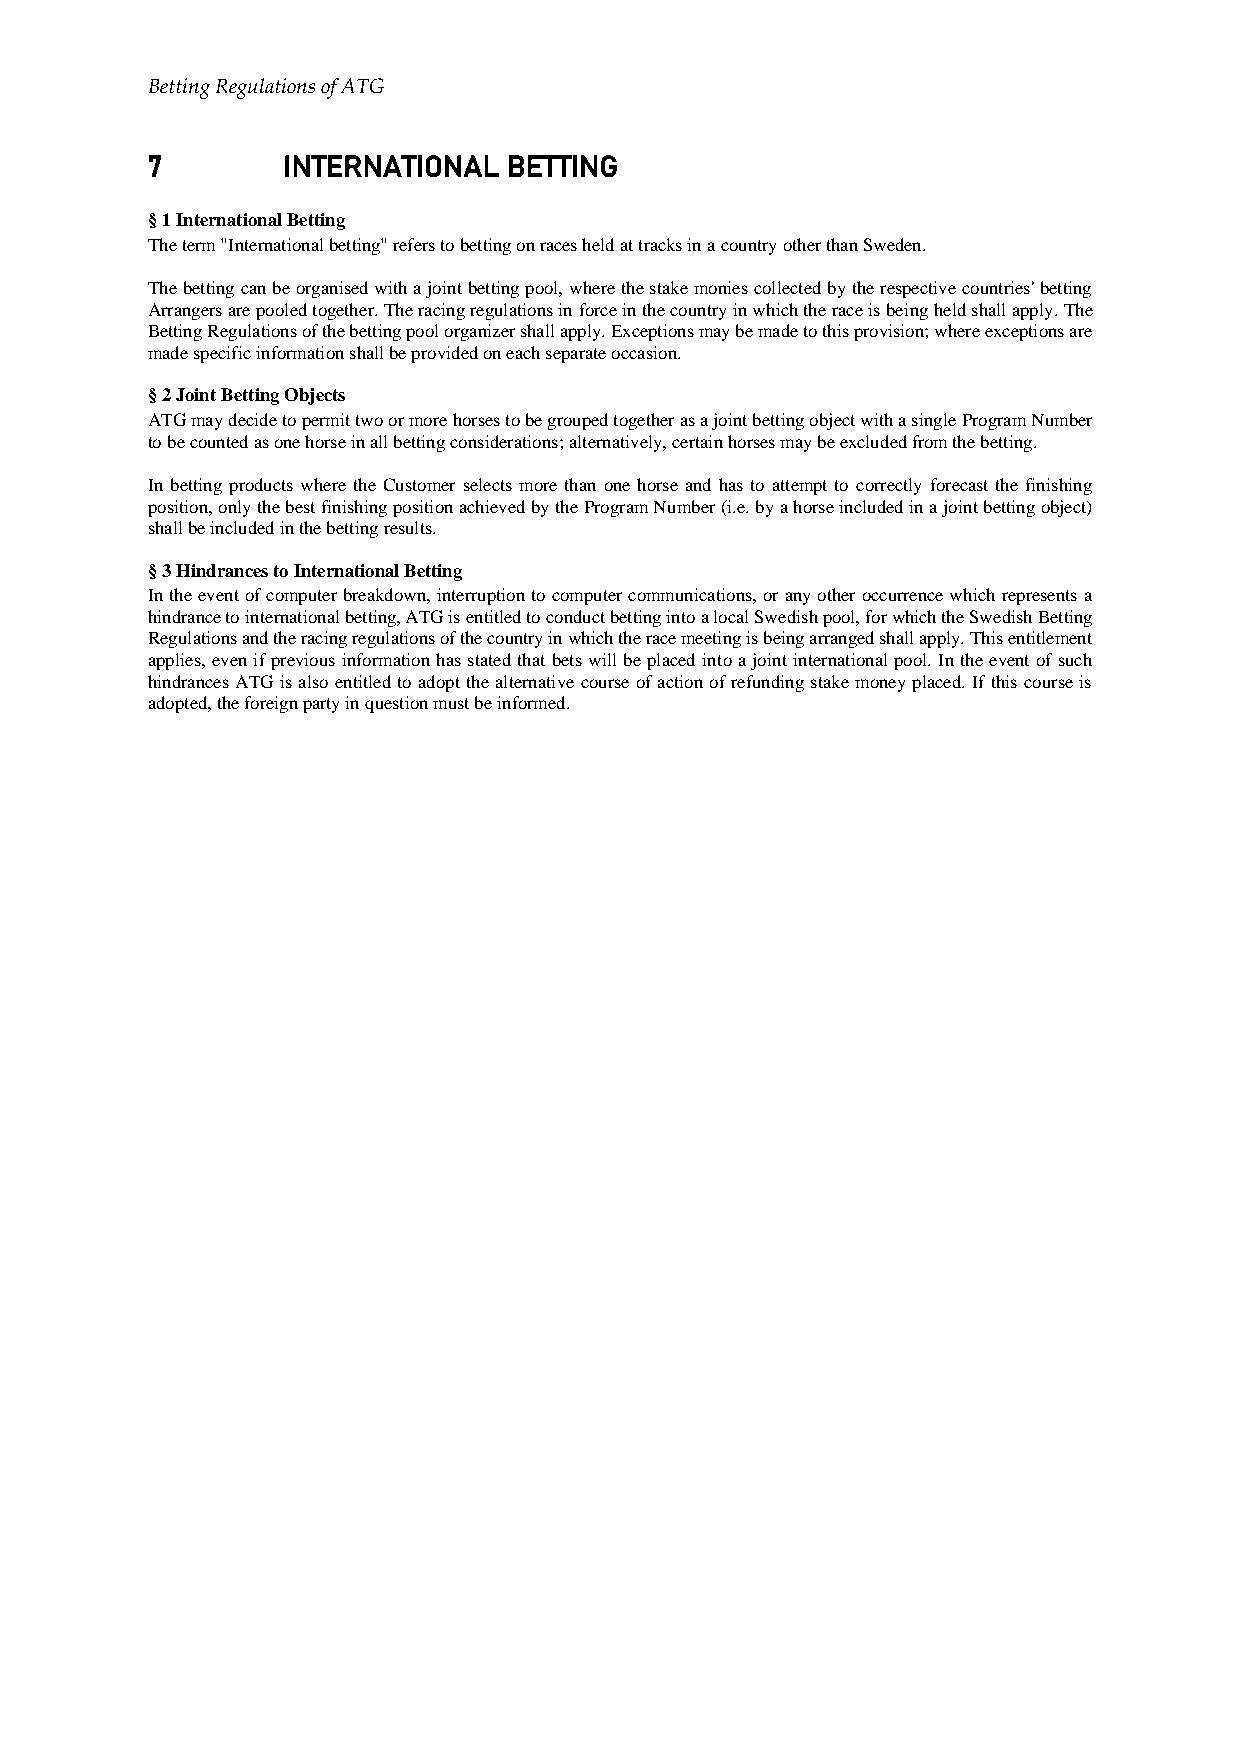
Betting Regulations of ATG
 7        INTERNATIONAL  BETTING
 § 1 International Betting
 The term "International betting" refers to betting on races held at tracks in a country other than Sweden.
 The betting can be organised with a joint betting pool, where the stake monies collected by the respective countries' betting
 Arrangers are pooled together. The racing regulations in force in the country in which the race is being held shall apply. The
 Betting Regulations of the betting pool organizer shall apply. Exceptions may be made to this provision; where exceptions are
 made specific information shall be provided on each separate occasion.
 § 2 Joint Betting Objects
 ATG may decide to permit two or more horses to be grouped together as a joint betting object with a single Program Number
 to be counted as one horse in all betting considerations; alternatively, certain horses may be excluded from the betting.
 In betting products where the Customer selects more than one horse and has to attempt to correctly forecast the finishing
 position, only the best finishing position achieved by the Program Number (i.e. by a horse included in a joint betting object)
 shall be included in the betting results.
 § 3 Hindrances to International Betting
 In the event of computer breakdown, interruption to computer communications, or any other occurrence which represents a
 hindrance to international betting, ATG is entitled to conduct betting into a local Swedish pool, for which the Swedish Betting
 Regulations and the racing regulations of the country in which the race meeting is being arranged shall apply. This entitlement
 applies, even if previous information has stated that bets will be placed into a joint international pool. In the event of such
 hindrances ATG is also entitled to adopt the alternative course of action of refunding stake money placed. If this course is
 adopted, the foreign party in question must be informed.